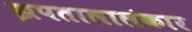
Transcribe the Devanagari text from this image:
झपतालालंकार